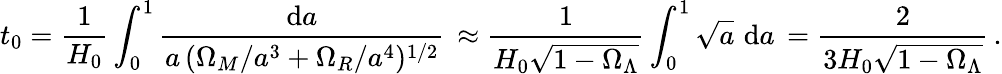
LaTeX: t_{0}=\frac{1}{H_{0}}\int_{0}^{1}\frac{\mathrm{d}a}{a\, (\Omega_{M}/a^{3}+\Omega_{R}/a^{4})^{1/2}}\, \approx\frac{1}{H_{0}\sqrt{1-\Omega_{\Lambda}}}\int_{0}^{1}\sqrt{a}\, \, \mathrm{d}a\, =\frac{2}{3H_{0}\sqrt{1-\Omega_{\Lambda}}}\, .